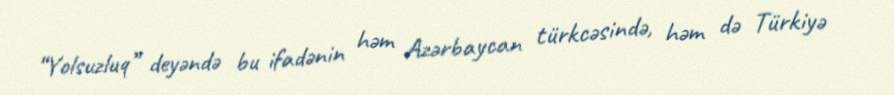
“Yolsuzluq” deyəndə bu ifadənin həm Azərbaycan türkcəsində, həm də Türkiyə